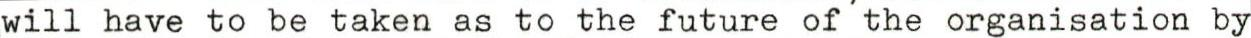
will have to be taken as to the future of the organisation by